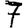
Digit: 7